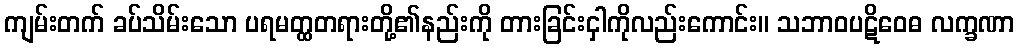
ကျမ်းတက် ခပ်သိမ်းသော ပရမတ္ထတရားတို့၏နည်းကို တားခြင်းငှါကိုလည်းကောင်း။ သဘာဝပဋိဝေဓ လက္ခဏာ